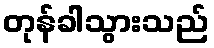
တုန်ခါသွားသည်